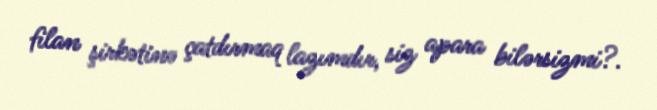
filan şirkətinə çatdırmaq lazımdır, siz apara bilərsizmi?.